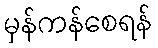
မှန်ကန်စေရန်